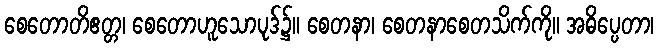
စေတောတိဧတ္တ၊ စေတောဟူသောပုဒ်၌။ စေတနာ၊ စေတနာစေတသိက်ကို။ အဓိပ္ပေတာ၊